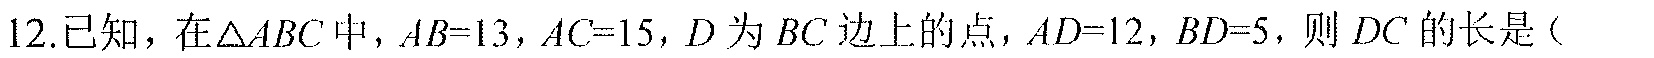
12.已知，在\(\triangle ABC\)中，\(AB = 13\)，\(AC = 15\)，\(D\)为\(BC\)边上的点，\(AD = 12\)，\(BD = 5\)，则\(DC\)的长是（